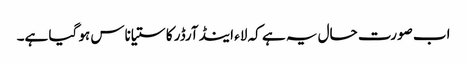
اب صورت حال یہ ہے کہ لاء اینڈ آرڈر کا ستیاناس ہو گیا ہے۔